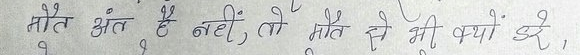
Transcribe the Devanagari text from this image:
मौत अंत है नहीं, तो मौत से भी क्यों डरे,